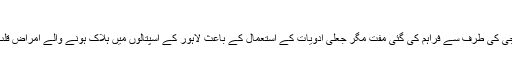
ادویات اسکینڈل پر پنجاب حکومت ہدف تنقید
پاکستان میں پنجاب انسٹی ٹیوٹ آف کارڈیالوجی کی طرف سے فراہم کی گئی مفت مگر جعلی ادویات کے استعمال کے باعث لاہور کے اسپتالوں میں ہلاک ہونے والے امراض قلب کے مریضوں کی تعداد 104 ہو چکی ہے۔